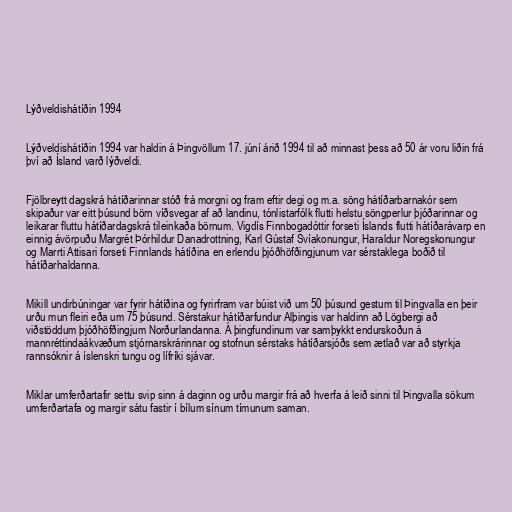
Lýðveldishátíðin 1994

Lýðveldishátíðin 1994 var haldin á Þingvöllum 17. júní árið 1994 til að minnast þess að 50 ár voru liðin frá
því að Ísland varð lýðveldi.

Fjölbreytt dagskrá hátíðarinnar stóð frá morgni og fram eftir degi og m.a. söng hátíðarbarnakór sem
skipaður var eitt þúsund börn víðsvegar af að landinu, tónlistarfólk flutti helstu söngperlur þjóðarinnar og
leikarar fluttu hátíðardagskrá tileinkaða börnum. Vigdís Finnbogadóttir forseti Íslands flutti hátíðarávarp en
einnig ávörpuðu Margrét Þórhildur Danadrottning, Karl Gústaf Svíakonungur, Haraldur Noregskonungur
og Marrti Attisari forseti Finnlands hátíðina en erlendu þjóðhöfðingjunum var sérstaklega boðið til
hátíðarhaldanna.

Mikill undirbúningar var fyrir hátíðina og fyrirfram var búist við um 50 þúsund gestum til Þingvalla en þeir
urðu mun fleiri eða um 75 þúsund. Sérstakur hátíðarfundur Alþingis var haldinn að Lögbergi að
viðstöddum þjóðhöfðingjum Norðurlandanna. Á þingfundinum var samþykkt endurskoðun á
mannréttindaákvæðum stjórnarskrárinnar og stofnun sérstaks hátíðarsjóðs sem ætlað var að styrkja
rannsóknir á íslenskri tungu og lífríki sjávar.

Miklar umferðartafir settu svip sinn á daginn og urðu margir frá að hverfa á leið sinni til Þingvalla sökum
umferðartafa og margir sátu fastir í bílum sínum tímunum saman.